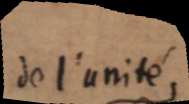
de l’unité